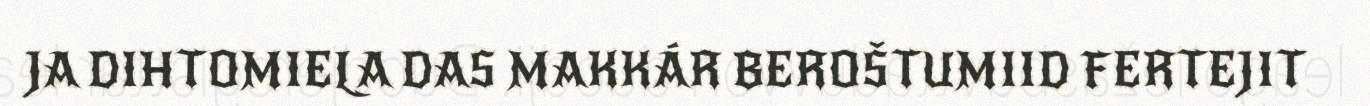
JA DIHTOMIELA DAS MAKKÁR BEROŠTUMIID FERTEJIT